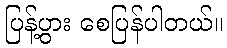
ပြန့်ပွား စေပြန်ပါတယ်။